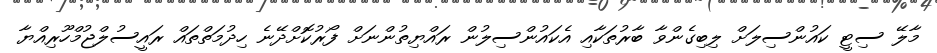
މާލޭ ސިޓީ ކައުންސިލަށް ލިބިގެންވާ ބާރުތަކާއި އެކައުންސިލުން ރައްޔިތުންނަށް ފޯރުކޮށްދޭނެ ހިދުމަތްތައް ރައީސުލްޖުމްހޫރިއްޔާ